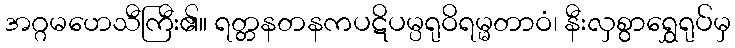
အဂ္ဂမဟေသီကြီး၏။ ရတ္တနတနကပဋိပမ္ပရုဝိရမ္မတာဝံ၊ နီးလှစွာရွှေရုပ်မှ